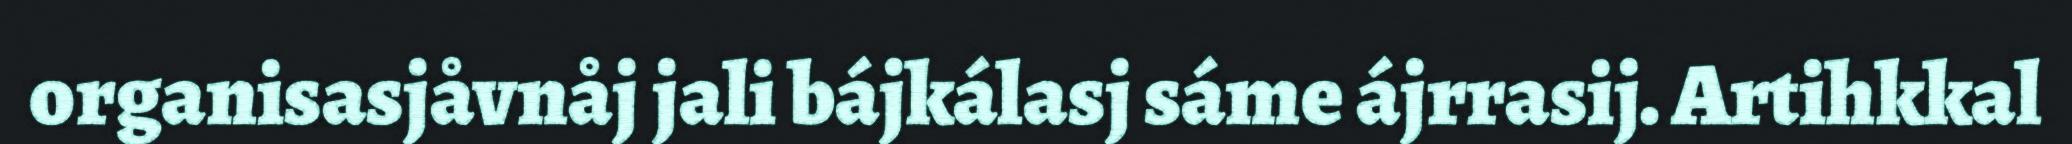
organisasjåvnåj jali bájkálasj sáme ájrrasij. Artihkkal